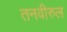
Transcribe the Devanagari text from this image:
तनवीरुल